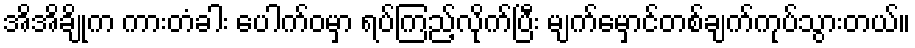
အိအိချိုက ကားတံခါး ပေါက်ဝမှာ ရပ်ကြည့်လိုက်ပြီး မျက်မှောင်တစ်ချက်ကုပ်သွားတယ်။